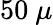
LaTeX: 50~\mu